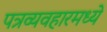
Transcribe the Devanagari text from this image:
पत्रव्यवहारमध्ये